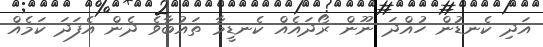
އަދި ކެނޑުން ހުއްދަ ނޫން ރޯދައެއް ކެނޑީމާ ތައުބާވެ ދެން އެފަދަ ކަމެއް